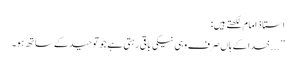
استاذ امام لکھتے ہیں:
’’...خدا کے ہاں صرف وہی نیکی باقی رہتی ہے جو توحید کے ساتھ ہو۔